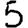
Digit: 5